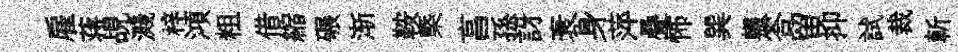
雇蒋覘濺梓澒粗借縮碾渐鞍槩亯孫訝衰身萍疊怖巽輾答留抑試裁斬